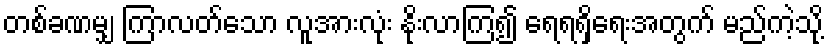
တစ်ခဏမျှ ကြာလတ်သော လူအားလုံး နိုးလာကြ၍ ရေရရှိရေးအတွက် မည်ကဲ့သို့